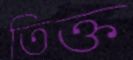
তিক্ত